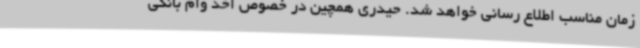
زمان مناسب اطلاع رسانی خواهد شد. حیدری همچین در خصوص اخذ وام بانکی